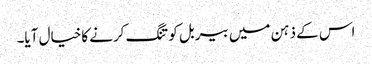
اس کے ذہن میں بیربل کو تنگ کرنے کاخیال آیا۔